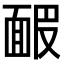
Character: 𩈝